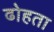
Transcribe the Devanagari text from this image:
ढोहता